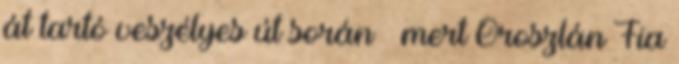
át tartó veszélyes út során – mert Oroszlán Fia